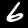
Label: 6